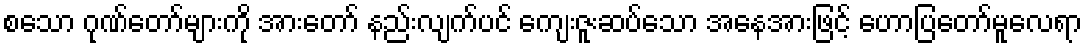
စသော ဂုဏ်တော်များကို အားတော် နည်းလျက်ပင် ကျေးဇူးဆပ်သော အနေအားဖြင့် ဟောပြတော်မူလေရာ